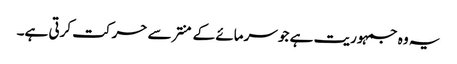
یہ وہ جمہوریت ہے جو سرمائے کے منتر سے حرکت کرتی ہے۔